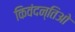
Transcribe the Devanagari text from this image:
किवंदन्तिओ